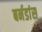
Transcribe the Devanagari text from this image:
बर्नडांस